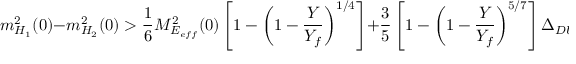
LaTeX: m _ { H _ { 1 } } ^ { 2 } ( 0 ) - m _ { H _ { 2 } } ^ { 2 } ( 0 ) > \frac { 1 } { 6 } M _ { E _ { e f f } } ^ { 2 } ( 0 ) \left[ 1 - \left( 1 - \frac { Y } { Y _ { f } } \right) ^ { 1 / 4 } \right] + \frac { 3 } { 5 } \left[ 1 - \left( 1 - \frac { Y } { Y _ { f } } \right) ^ { 5 / 7 } \right] \Delta _ { D U } \; .